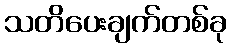
သတိပေးချက်တစ်ခု